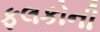
ફલકોની